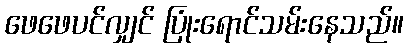
ဖေဖေပင်လျှင် ပြုံးရောင်သမ်းနေသည်။